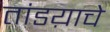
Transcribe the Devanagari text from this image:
तांडय़ाचे